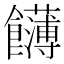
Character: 䭦